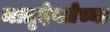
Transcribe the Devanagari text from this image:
मातृदेवतेच्या